Lunatic asylums Madras 1877-1891 - 1877-1891
Year: 1877
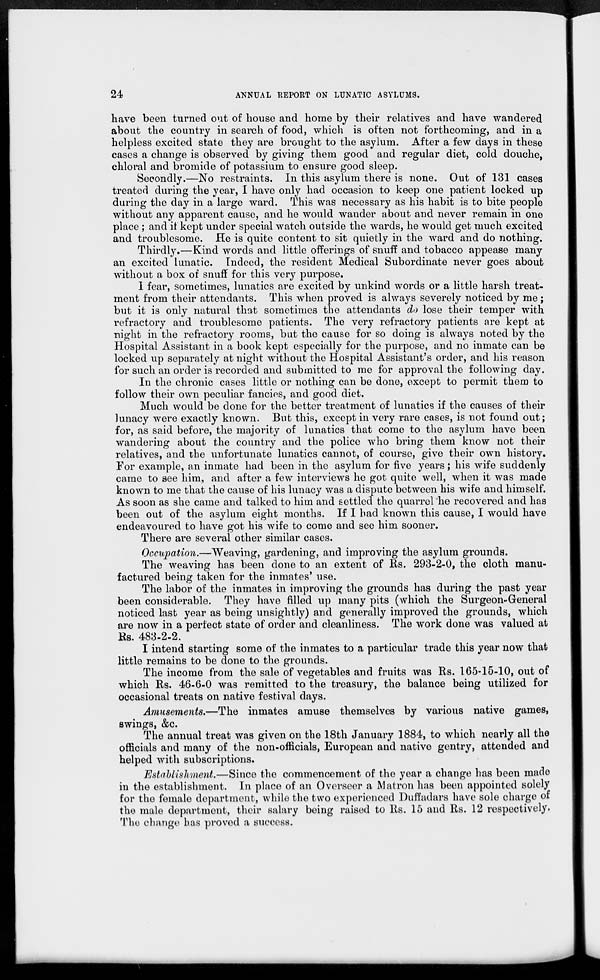
24
ANNUAL REPORT ON LUNATIC ASYLUMS.
have been turned out of house and home by their relatives and have wandered
about the country in search of food, which is often not forthcoming, and in a
helpless excited state they are brought to the asylum. After a few days in these
cases a change is observed by giving them good and regular diet, cold douche,
chloral and bromide of potassium to ensure good sleep.
Secondly.—No restraints. In this asylum there is none. Out of 131 cases
treated during the year, I have only had occasion to keep one patient locked up
during the day in a large ward. This was necessary as his habit is to bite people
without any apparent cause, and he would wander about and never remain in one
place ; and it kept under special watch outside the wards, he would get much excited
and troublesome. He is quite content to sit quietly in the ward and do nothing.
Thirdly.—Kind words and little offerings of snuff and tobacco appease many
an excited lunatic. Indeed, the resident Medical Subordinate never goes about
without a box of snuff for this very purpose.
1 fear, sometimes, lunatics are excited by unkind words or a little harsh treat-
ment from their attendants. This when proved is always severely noticed by me ;
but it is only natural that sometimes the attendants do lose their temper with
refractory and troublesome patients. The very refractory patients are kept at
night in the refractory rooms, but the cause for so doing is always noted by the
Hospital Assistant in a book kept especially for the purpose, and no inmate can be
locked up separately at night without the Hospital Assistant's order, and his reason
for such an order is recorded and submitted to me for approval the following day.
In the chronic cases little or nothing can be done, except to permit them to
follow their own peculiar fancies, and good diet.
Much would be done for the better treatment of lunatics if the causes of their
lunacy were exactly known. But this, except in very rare cases, is not found out;
for, as said before, the majority of lunatics that come to the asylum have been
wandering about the country and the police who bring them know not their
relatives, and the unfortunate lunatics cannot, of course, give their own history.
For example, an inmate had been in the asylum for five years; his wife suddenly
came to see him, and after a few interviews he got quite well, when it was made
known to me that the cause of his lunacy was a dispute between his wife and himself.
As soon as she came and talked to him and settled the quarrel he recovered and has
been out of the asylum eight months. If I had known this cause, I would have
endeavoured to have got his wife to come and see him sooner.
There are several other similar cases.
Occupation.—Weaving, gardening, and improving the asylum grounds.
The weaving has been done to an extent of Rs. 293-2-0, the cloth manu-
factured being taken for the inmates' use.
The labor of the inmates in improving the grounds has during the past year
been considerable. They have filled up many pits (which the Surgeon-General
noticed last year as being unsightly) and generally improved the grounds, which
are now in a perfect state of order and cleanliness. The work done was valued at
Rs. 483-2-2.
I intend starting some of the inmates to a particular trade this year now that
little remains to be done to the grounds.
The income from the sale of vegetables and fruits was Rs. 165-15-10, out of
which Rs. 46-6-0 was remitted to the treasury, the balance being utilized for
occasional treats on native festival days.
Amusements.—The
inmates amuse themselves by various native games,
swings, &c.
The annual treat was given on the 18th January 1884, to which nearly all the
officials and many of the non-officials, European and native gentry, attended and
helped with subscriptions.
Establishment.—Since
the commencement of the year a change has been made
in the establishment. In place of an Overseer a Matron has been appointed solely
for the female department, while the two experienced Duffadars have sole charge of
the male department, their salary being raised to Rs. 15 and Rs. 12 respectively.
The change has proved a success.